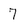
Character: 7